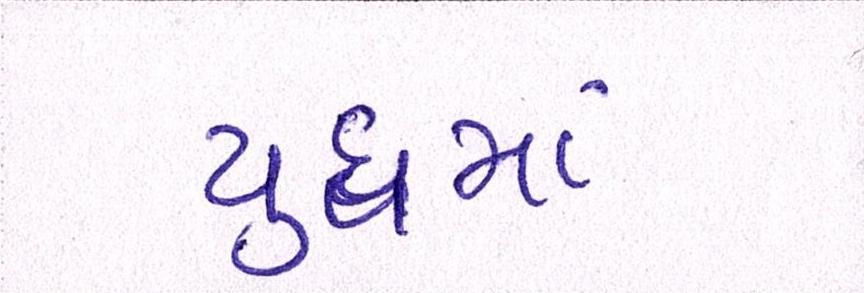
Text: યુધ્ધમાં